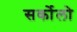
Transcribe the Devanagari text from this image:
सर्कोलो